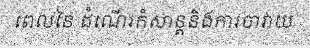
ពេលនៃ ដំណើរកំសាន្តនិងការចាវាយ